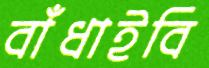
বাঁধাইবি